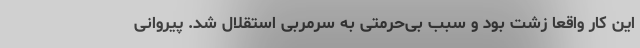
این کار واقعا زشت بود و سبب بی‌حرمتی به سرمربی استقلال شد. پیروانی